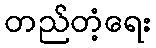
တည်တံ့ရေး